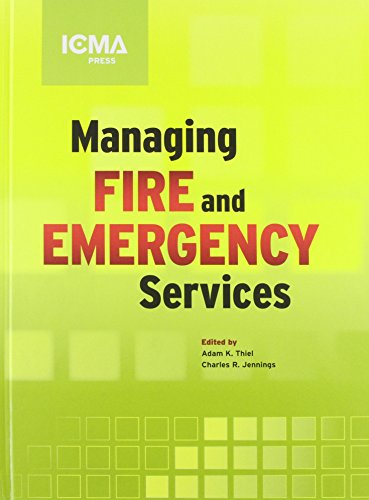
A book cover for Managing Fire and Emergency Services (Icma Green Book); Business & Money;